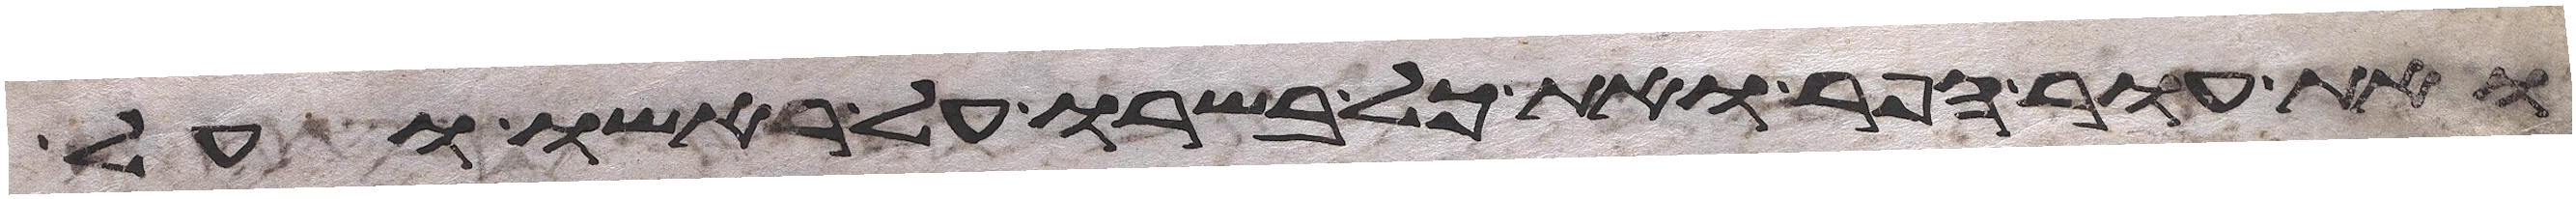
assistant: ואת עור הפר ואת כל בשרו על ראשו ועל